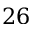
2 6